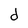
Character: d